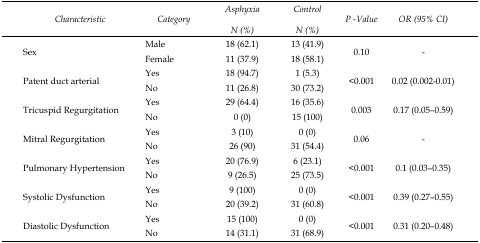
<table><thead><tr><td><b><i>Characteristic</i></b></td><td><b><i>Category</i></b></td><td><b><i>Asphyxia N (%)</i></b></td><td><b><i>Control N (%)</i></b></td><td><b><i><i>P</i> -Value</i></b></td><td><b><i>OR (95% CI)</i></b></td></tr></thead><tbody><tr><td rowspan="2">Sex</td><td>Male</td><td>18 (62.1)</td><td>13 (41.9)</td><td rowspan="2">0.10</td><td rowspan="2">-</td></tr><tr><td>Female</td><td>11 (37.9)</td><td>18 (58.1)</td></tr><tr><td rowspan="2">Patent duct arterial</td><td>Yes</td><td>18 (94.7)</td><td>1 (5.3)</td><td rowspan="2">&lt;0.001</td><td rowspan="2">0.02 (0.002-0.01)</td></tr><tr><td>No</td><td>11 (26.8)</td><td>30 (73.2)</td></tr><tr><td rowspan="2">Tricuspid Regurgitation</td><td>Yes</td><td>29 (64.4)</td><td>16 (35.6)</td><td rowspan="2">0.003</td><td rowspan="2">0.17 (0.05–0.59)</td></tr><tr><td>No</td><td>0 (0)</td><td>15 (100)</td></tr><tr><td rowspan="2">Mitral Regurgitation</td><td>Yes</td><td>3 (10)</td><td>0 (0)</td><td rowspan="2">0.06</td><td rowspan="2">-</td></tr><tr><td>No</td><td>26 (90)</td><td>31 (54.4)</td></tr><tr><td rowspan="2">Pulmonary Hypertension</td><td>Yes</td><td>20 (76.9)</td><td>6 (23.1)</td><td rowspan="2">&lt;0.001</td><td rowspan="2">0.1 (0.03–0.35)</td></tr><tr><td>No</td><td>9 (26.5)</td><td>25 (73.5)</td></tr><tr><td rowspan="2">Systolic Dysfunction</td><td>Yes</td><td>9 (100)</td><td>0 (0)</td><td rowspan="2">&lt;0.001</td><td rowspan="2">0.39 (0.27–0.55)</td></tr><tr><td>No</td><td>20 (39.2)</td><td>31 (60.8)</td></tr><tr><td rowspan="2">Diastolic Dysfunction</td><td>Yes</td><td>15 (100)</td><td>0 (0)</td><td rowspan="2">&lt;0.001</td><td rowspan="2">0.31 (0.20–0.48)</td></tr><tr><td>No</td><td>14 (31.1)</td><td>31 (68.9)</td></tr></tbody></table>